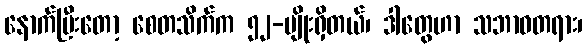
နောက်ပြီးတော့ စေတသိက်က ၅၂-မျိုးရှိတယ်၊ ဒါတွေဟာ သဘာဝတရား၊